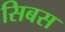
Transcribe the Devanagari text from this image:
सिबस